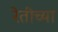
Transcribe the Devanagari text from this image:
रेतीच्या